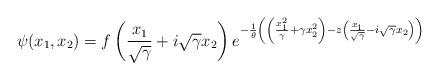
LaTeX: \begin{align*}\psi(x_1,x_2)=f\left(\frac{x_1}{\sqrt{\gamma}}+i\sqrt{\gamma}x_2\right)e^{-\frac{1}{\theta}\left(\left(\frac{x_1^2}{\gamma}+\gamma x_2^2\right)-z \left(\frac{x_1}{\sqrt{\gamma}}-i\sqrt{\gamma}x_2\right)\right)}\end{align*}